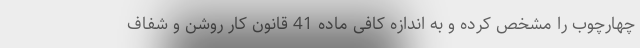
چهارچوب را مشخص کرده و به اندازه کافی ماده 41 قانون کار روشن و شفاف